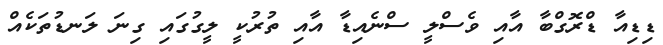
ޑިޑިއާ ޑްރޮގްބާ އާއި ވެސްލީ ސްނެއިޑާ އާއި ތުރުކީ ލީގުގައި ގިނަ ލަނޑުތަކެއް